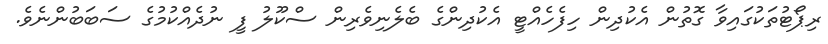
ރިޕޯޓުތަކުގައިވާ ގޮތުން އެކުދިން ހިފެހެއްޓީ އެކުދިންގެ ބެލެނިވެރިން ސްކޫލު ފީ ނުދެއްކުމުގެ ސަބަބުންނެވެ.